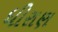
ધીરાણ